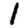
Digit: 1